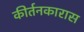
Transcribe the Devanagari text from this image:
कीर्तनकारास